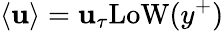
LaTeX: \left<\mathbf{u}\right>=\mathbf{u}_{\tau}\mathrm{{LoW}}(y^{+})